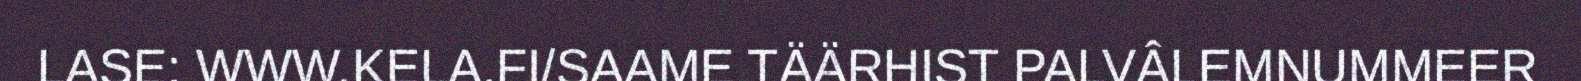
LASE: WWW.KELA.FI/SAAME TÄÄRHIST PALVÂLEMNUMMEER